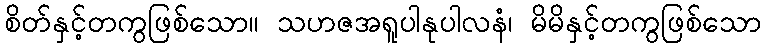
စိတ်နှင့်တကွဖြစ်သော။ သဟဇအရူပါနုပါလနံ၊ မိမိနှင့်တကွဖြစ်သော